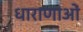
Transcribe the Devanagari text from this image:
धाराणाआें